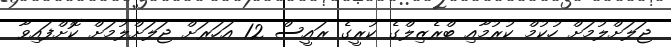
ޖަލަށްލުމަށް ހުކުމް ކުރުމާއި ބްރެޒިލްގެ ކުރީގެ ރައީސް 12 އަހަރަށް ޖަލަށްލުމަށް ކޮށްފައިވާ